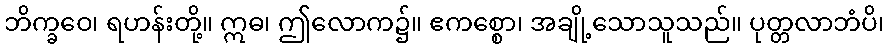
ဘိက္ခဝေ၊ ရဟန်းတို့။ ဣဓ၊ ဤလောက၌။ ဧကစ္စော၊ အချို့သောသူသည်။ ပုတ္တလာဘံပိ၊